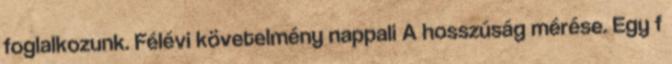
foglalkozunk. Félévi követelmény nappali A hosszúság mérése. Egy f